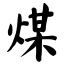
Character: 煤